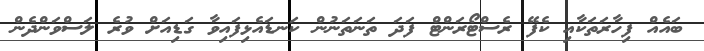
ބައެއް ފިހާރަތަކާއި ކެފޭ ރެސްޓޯރަންޓް ފަދަ ތަނަތަނުން ކަނޑައެޅިފައިވާ ގަޑިއަށް ވުރެ ލަސްވަންދެން